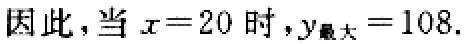
因此，当 \(x = 20\) 时，\(y_{最大}=108\).